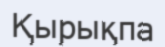
Қырықпа